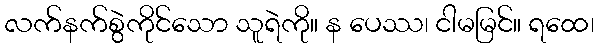
လက်နက်စွဲကိုင်သော သူရဲကို။ န ပေဿ၊ ငါမမြင်။ ရထေ၊